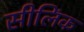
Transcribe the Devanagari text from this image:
सीलिंक